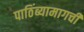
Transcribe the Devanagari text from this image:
पाठिंब्यामागची